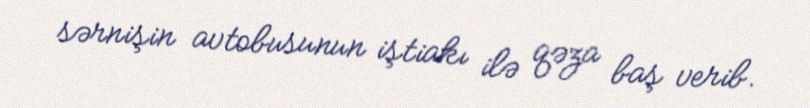
sərnişin avtobusunun iştiakı ilə qəza baş verib.